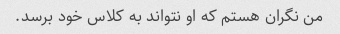
من نگران هستم که او نتواند به کلاس خود برسد.